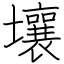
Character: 壤